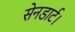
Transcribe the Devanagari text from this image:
सेनडार्ट।